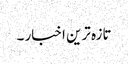
تازہ ترین اخبار ۔